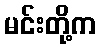
မင်းတို့က